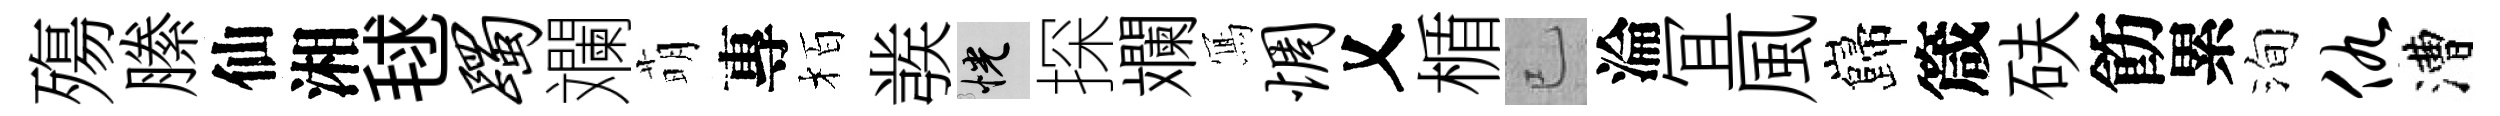
殤縢仙湘毬躅斕萌專栢彂恍探斕𭂁惆乂楯已淪冝風巋箴砆飭累洵仇漕